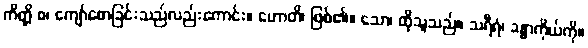
ကိတ္တိ စ၊ ကျော်စောခြင်းသည်လည်းကောင်း။ ဟောတိ၊ ဖြစ်၏။ သော၊ ထိုသူသည်။ သရီရံ၊ ခန္ဓာကိုယ်ကို။